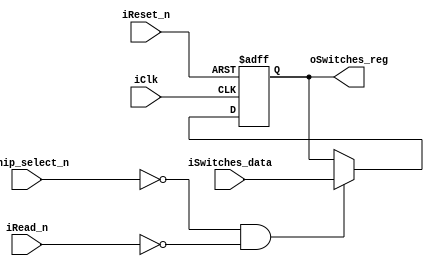
module switches
(
	 input iClk,
	 input iReset_n,
	 input iChip_select_n,
	 input iRead_n,
	 input [31:0] iSwitches_data,
	 output reg [31:0] oSwitches_reg
);
 always@(posedge iClk, negedge iReset_n)
 begin
	 if(~iReset_n)
	 begin
		oSwitches_reg <= 32'd0;
	 end
 else
 begin
	 if(~iChip_select_n & ~iRead_n)
	 begin
		oSwitches_reg <= iSwitches_data;
	 end
 end
end endmodule